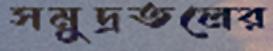
সমুদ্রতলের